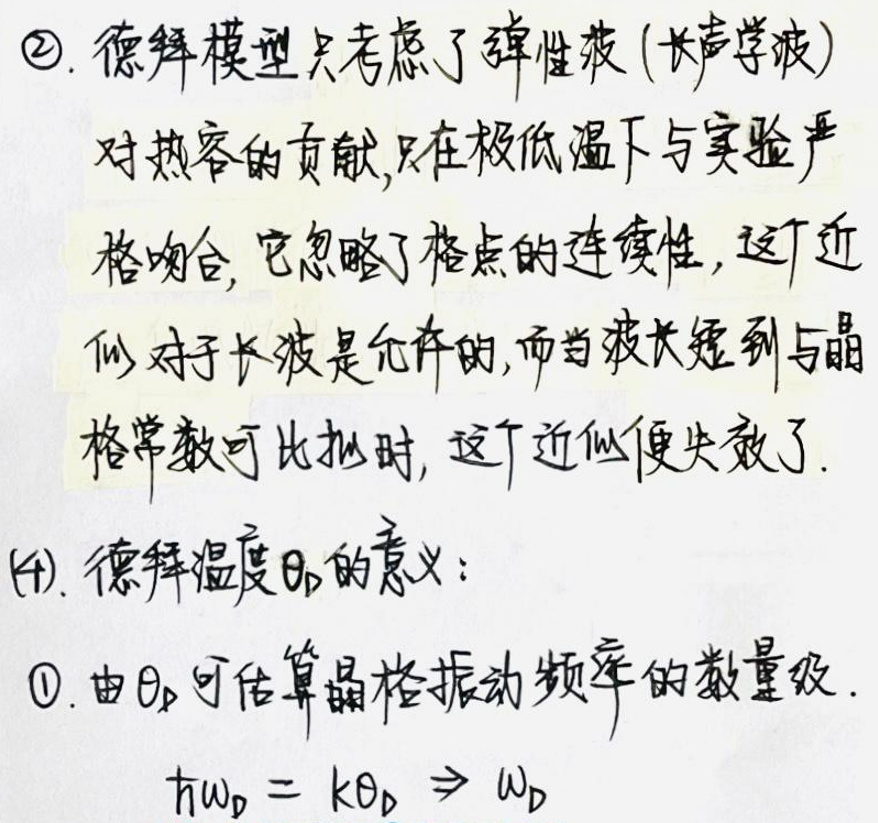
2. 德拜模型只考虑了弹性波（长声学波）
对热容的贡献，只在极低温下与实验严
格吻合，它忽略了格点的连续性，这近
似对于长波是允许的，而当波长短到与晶
格常数可比拟时，这个近似便失效了.

(4). 德拜温度$\Theta_D$的意义：
$\textcircled{1}. $由$\Theta_D$可估算晶格振动频率的数量级.
\hbar\omega_D = k$\Theta_D$\Rightarrow\omega_D